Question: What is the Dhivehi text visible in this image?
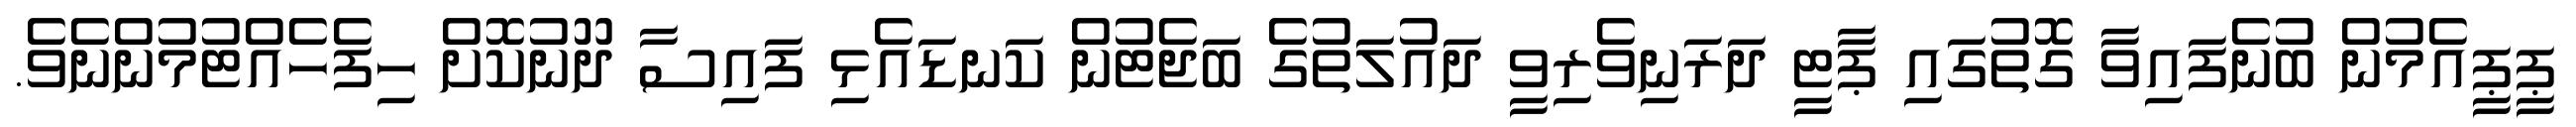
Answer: ޕީޕީއެމުން ބުނެފައިވާ ގޮތުގައި ޕާޓީ ދަރަނިވެރިވީ ދައުލަތުގެ ބަޖެޓުން ކަނޑައެޅި ފައިސާ ދޫނުކޮށް ހިފެހެއްޓުމުންނެވެ.